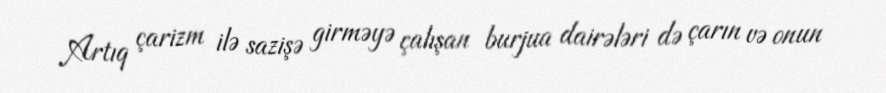
Artıq çarizm ilə sazişə girməyə çalışan burjua dairələri də çarın və onun